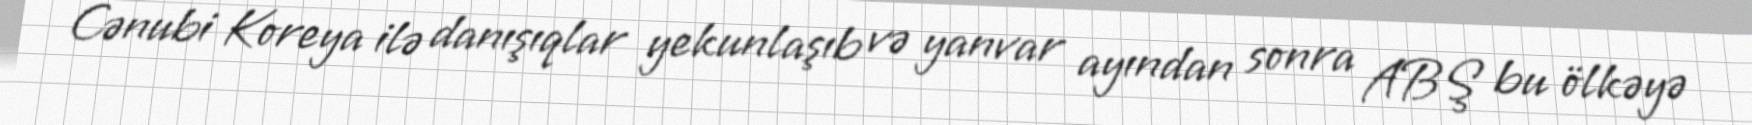
Cənubi Koreya ilə danışıqlar yekunlaşıb və yanvar ayından sonra ABŞ bu ölkəyə